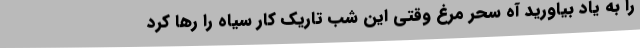
را به یاد بیاورید آه سحر مرغ وقتی این شب تاریک کار سیاه را رها کرد